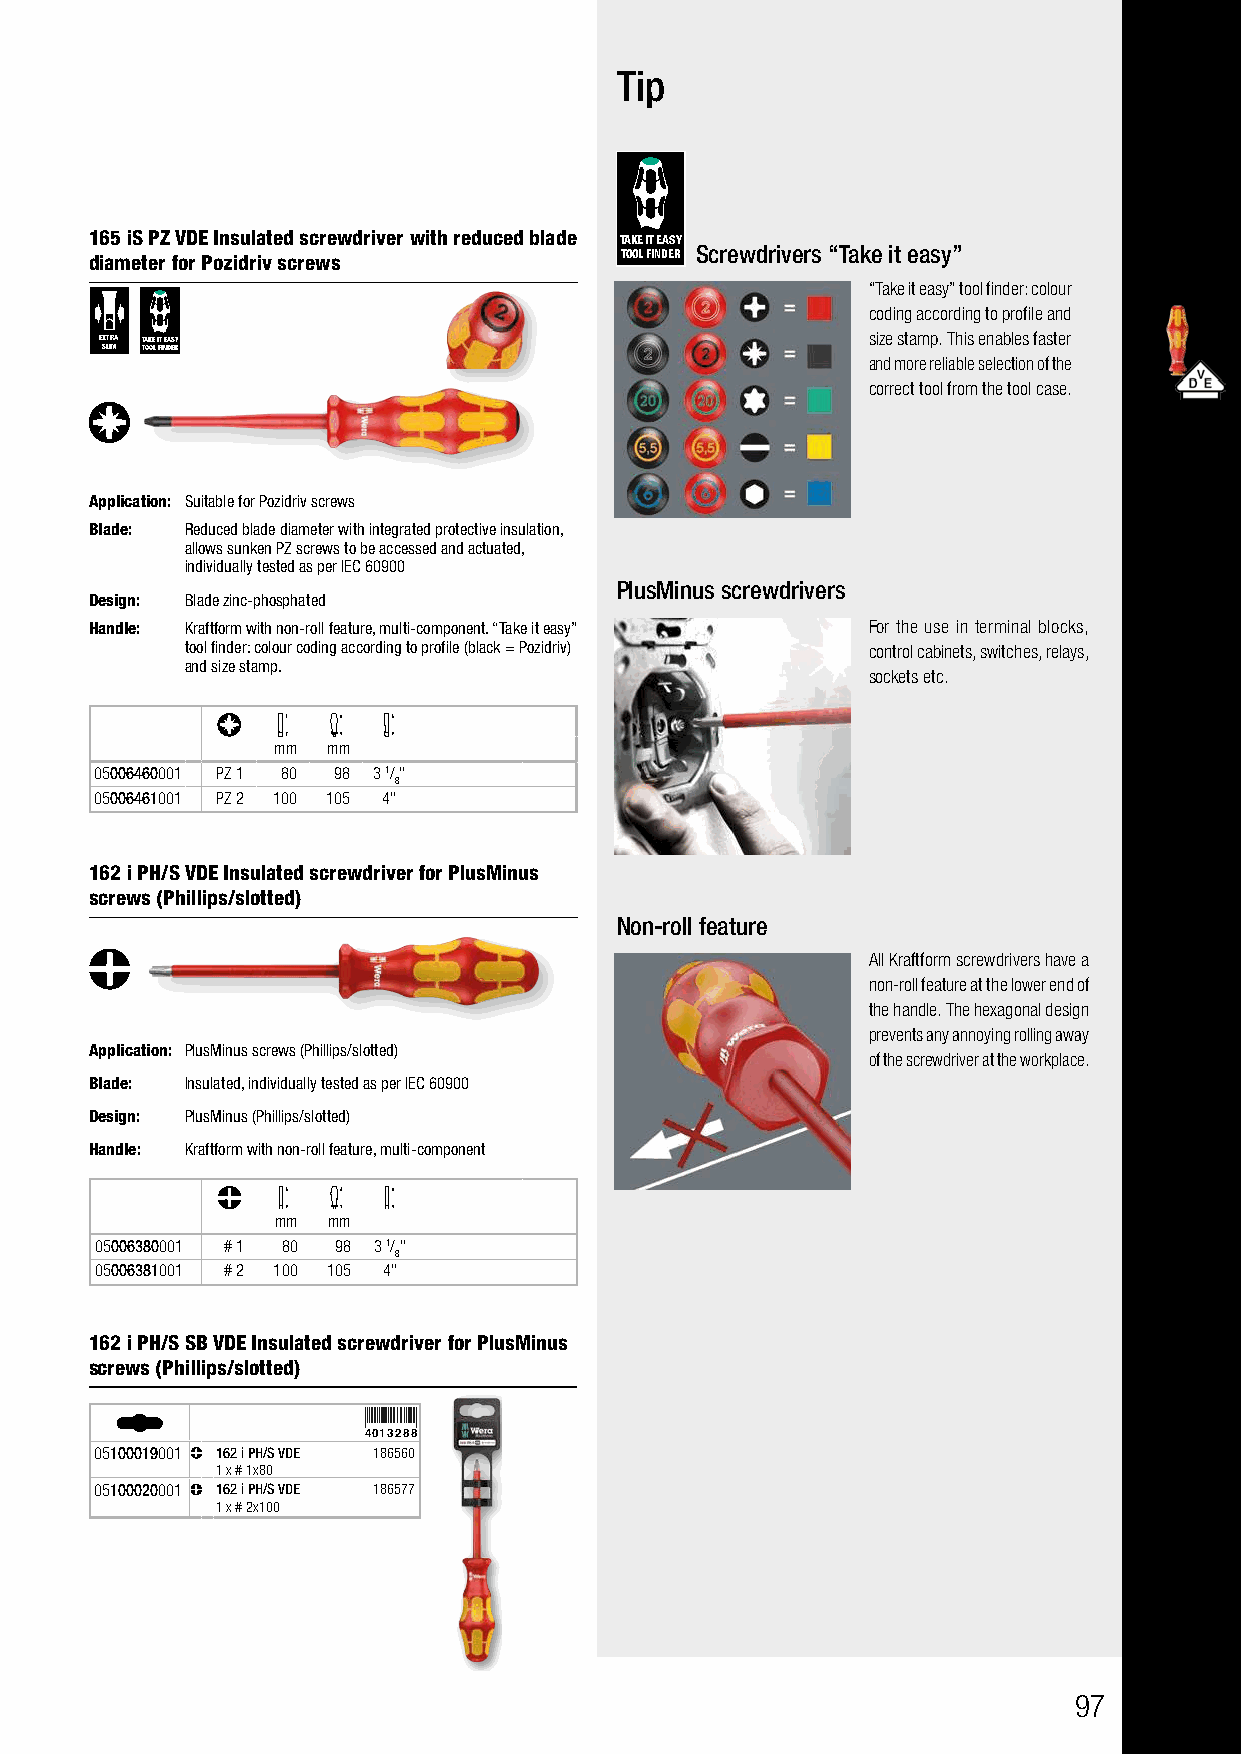
Tip
 165 iS PZ VDE Insulated screwdriver with reduced blade TAKE IT EASY
 diameter for Pozidriv screws       TOOL FINDER Screwdrivers “Take it easy”
 “Take it easy” tool finder: colour
 coding according to profile and
 EXTRA TAKE IT EASY                                size stamp. This enables faster
 SLIM TOOL FINDER
 and more reliable selection of the
 correct tool from the tool case.
 Application: Suitable for Pozidriv screws
 Blade: Reduced blade diameter with integrated protective insulation,
 allows sunken PZ screws to be accessed and actuated,
 individually tested as per IEC 60900
 PlusMinus screwdrivers
 Design: Blade zinc-phosphated
 Handle: Kraftform with non-roll feature, multi-component. “Take it easy” For the use in terminal blocks,
 tool finder: colour coding according to profile (black = Pozidriv) control cabinets, switches, relays,
 and size stamp.
 sockets etc.
 mm  mm
 05006460001 PZ 1 80 98 3 1/"
 8
 05006461001 PZ 2 100 105 4"
 162 i PH/S VDE Insulated screwdriver for PlusMinus
 screws (Phillips/slotted)
 Non-roll feature
 All Kraftform screwdrivers have a
 non-roll feature at the lower end of
 the handle. The hexagonal design
 prevents any annoying rolling away
 Application: PlusMinus screws (Phillips/slotted)
 of the screwdriver at the workplace.
 Blade: Insulated, individually tested as per IEC 60900
 Design: PlusMinus (Phillips/slotted)
 Handle: Kraftform with non-roll feature, multi-component
 mm  mm
 05006380001 # 1 80 98 3 1/"
 8
 05006381001 # 2 100 105 4"
 162 i PH/S SB VDE Insulated screwdriver for PlusMinus
 screws (Phillips/slotted)
 4013288
 05100019001 162 i PH/S VDE 186560
 1 x # 1x80
 05100020001 162 i PH/S VDE 186577
 1 x # 2x100
 97